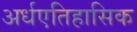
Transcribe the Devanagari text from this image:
अर्धएतिहासिक